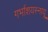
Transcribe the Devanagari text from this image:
गर्भाशयस्नायू